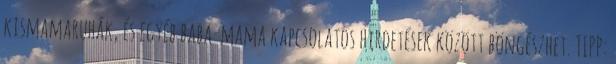
kismamaruhák, és egyéb baba-mama kapcsolatos hirdetések között böngészhet. TIPP: